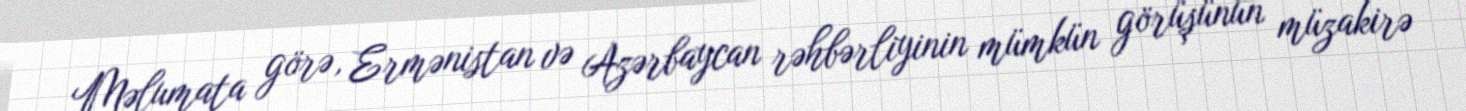
Məlumata görə, Ermənistan və Azərbaycan rəhbərliyinin mümkün görüşünün müzakirə